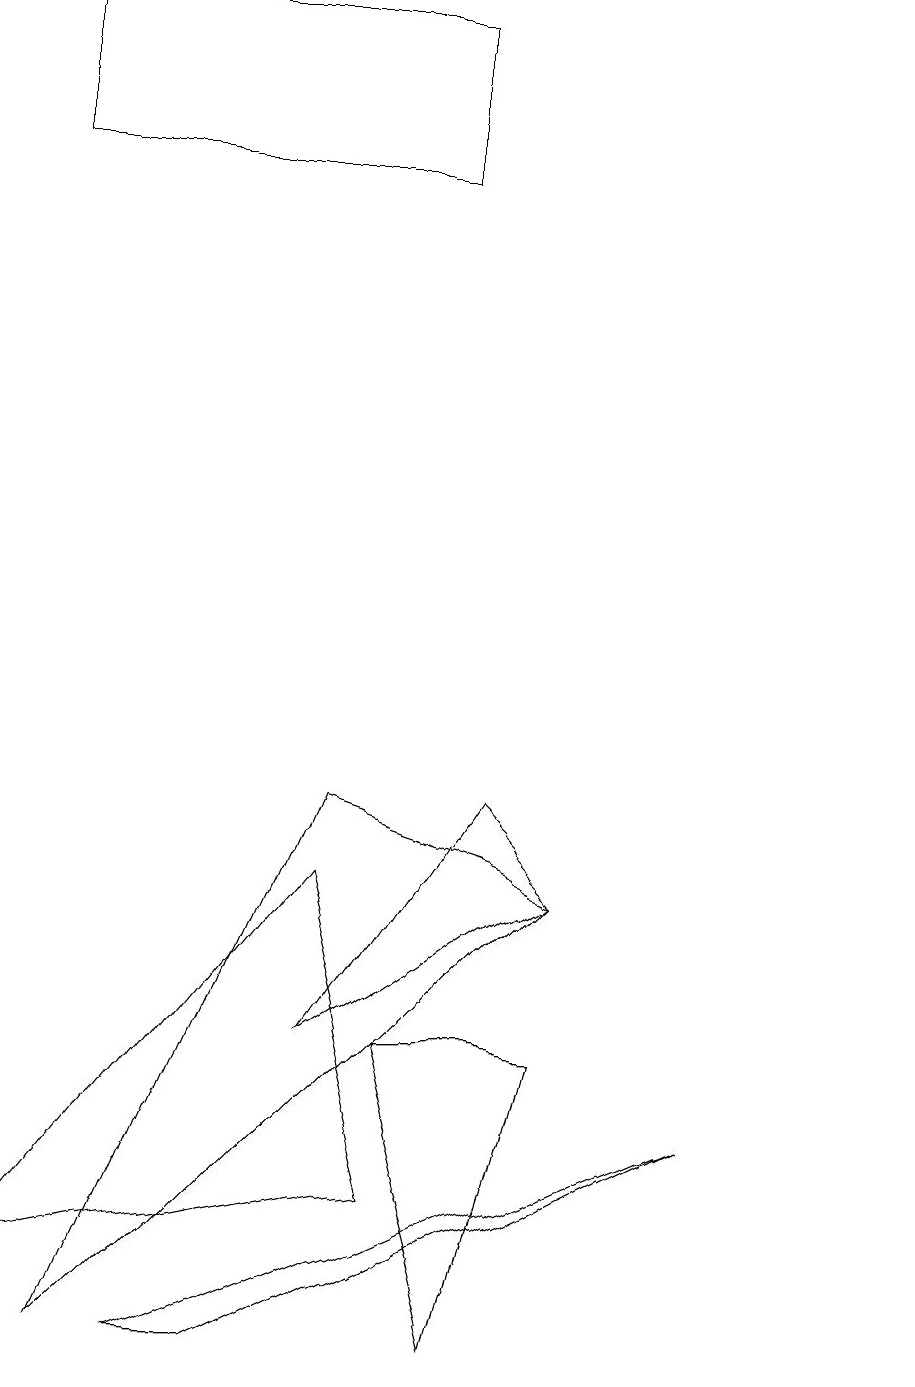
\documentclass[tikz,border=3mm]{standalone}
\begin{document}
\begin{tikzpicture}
\draw (1,1) -- (4,8) -- (7,7) -- cycle;
\draw (5,18) rectangle (0,16);
\draw (9,4) -- (3,1) -- (2,1) -- cycle;
\draw (11,10) circle (0);
\draw (0,2) -- (5,3) -- (4,7) -- cycle;
\draw (6,1) -- (7,5) -- (5,5) -- cycle;
\draw (4,5) -- (6,8) -- (7,7) -- cycle;
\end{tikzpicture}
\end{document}